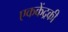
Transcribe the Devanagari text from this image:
एककेंद्रकी